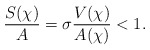
\begin{align*} \frac{S(\chi)}{A}= \sigma \frac{V(\chi)}{A(\chi)}<1.\end{align*}